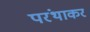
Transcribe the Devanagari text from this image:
परंथाकर